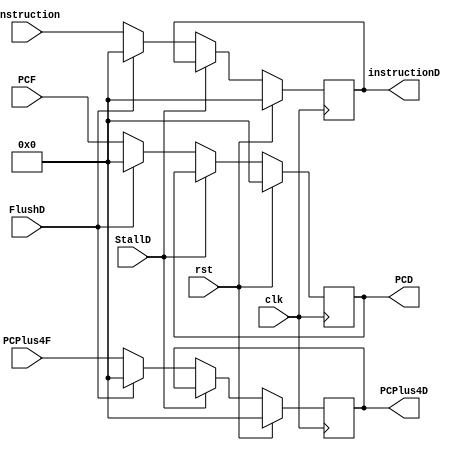
module reglayer_one(input rst,clk,StallD,FlushD,input [31:0] instruction,PCF,PCPlus4F,
output reg [31:0] instructionD,PCD,PCPlus4D);
    always @(posedge clk) begin
        if (rst)begin
            PCD <= 32'd0;
            instructionD <= 32'd0;
            PCPlus4D <= 32'd0;
        end
        else if(StallD)begin
            PCD <= PCD;
            instructionD <= instructionD;
            PCPlus4D <= PCPlus4D;
        end
        else if(FlushD)begin
            PCD <= 32'd0;
            instructionD <= 32'd0;
            PCPlus4D <= 32'd0; 
        end
        else begin
            instructionD <=instruction;
            PCD <= PCF;
            PCPlus4D <= PCPlus4F;
        end
    end 
endmodule